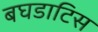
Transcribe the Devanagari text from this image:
बघडाटिस